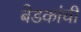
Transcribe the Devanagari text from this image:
बेडकांची